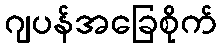
ဂျပန်အခြေစိုက်